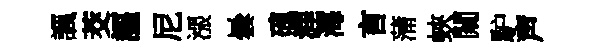
諷茭謳尼漲曇磈涯海言蒲蛺闚馿声